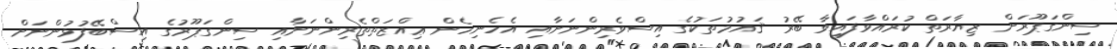
ސިންގަޕޫރަށް ޒިޔާރަތް ކުރައްވާފައިވާ ބޭރު ޤައުމުތަކުގެ އިސްވެރިންނަށާއި އެހެނިހެން ޢިއްޒަތްތެރިންނަށާއި ސިންގަޕޫރުގެ އިސްބޭފުޅުންނަށް